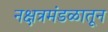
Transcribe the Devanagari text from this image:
नक्षत्रमंडळातून